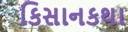
કિસાનકથા